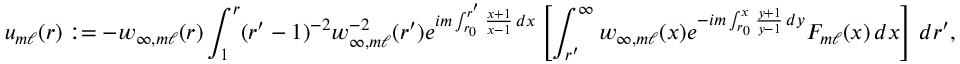
u _ { m \ell } ( r ) : = - w _ { \infty , m \ell } ( r ) \int _ { 1 } ^ { r } ( r ^ { \prime } - 1 ) ^ { - 2 } w _ { \infty , m \ell } ^ { - 2 } ( r ^ { \prime } ) e ^ { i m \int _ { r _ { 0 } } ^ { r ^ { \prime } } \frac { x + 1 } { x - 1 } \, d x } \left[ \int _ { r ^ { \prime } } ^ { \infty } w _ { \infty , m \ell } ( x ) e ^ { - i m \int _ { r _ { 0 } } ^ { x } \frac { y + 1 } { y - 1 } \, d y } F _ { m \ell } ( x ) \, d x \right] \, d r ^ { \prime } ,